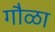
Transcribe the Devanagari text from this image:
गौळा